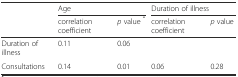
|  | <COLSPAN=2> Age | <COLSPAN=2> Duration of illness |
 |  | correlation coefficient | p value * | correlation coefficient | p value |
 | --- | --- | --- | --- | --- |
 | Duration of illness | 0.11 | 0.06 | <COLSPAN=2>  |
 | Consultations | 0.14 | 0.01 | 0.06 | 0.28 |